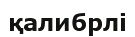
қалибрлі